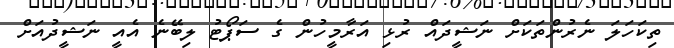
ތިކަހަލަ ނެރުންތަކަށް ނަޝީދައް ރުޅި އަރާމީހުން ގެ ސަޕޯޓު ލިބޭނެ އެއީ ނަޝީދުއަށް